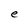
Character: e